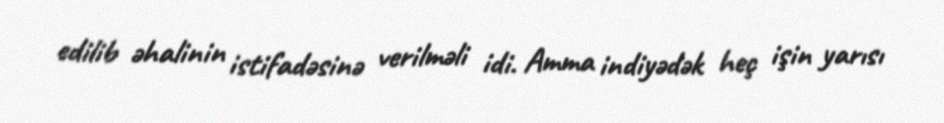
edilib əhalinin istifadəsinə verilməli idi. Amma indiyədək heç işin yarısı